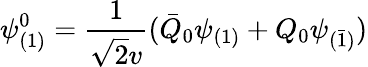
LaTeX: \psi_{(1)}^{0}=\frac{1}{\sqrt{2}v}(\bar{Q}_{0}\psi_{(1)}+Q_{0}\psi_{(\bar{1})})